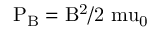
\mathrm { P _ { B } = B ^ { 2 } / 2 \ m u _ { 0 } }